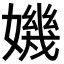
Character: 𡡤